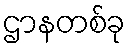
ဌာနတစ်ခု